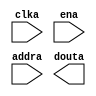
module LogoROM(
	clka,
	ena,
	addra,
	douta);


input clka;
input ena;
input [11 : 0] addra;
output [17 : 0] douta;

// synthesis translate_off

      BLK_MEM_GEN_V4_1 #(
		.C_ADDRA_WIDTH(12),
		.C_ADDRB_WIDTH(12),
		.C_ALGORITHM(1),
		.C_BYTE_SIZE(9),
		.C_COMMON_CLK(0),
		.C_DEFAULT_DATA("0"),
		.C_DISABLE_WARN_BHV_COLL(0),
		.C_DISABLE_WARN_BHV_RANGE(0),
		.C_FAMILY("spartan3"),
		.C_HAS_ENA(1),
		.C_HAS_ENB(0),
		.C_HAS_INJECTERR(0),
		.C_HAS_MEM_OUTPUT_REGS_A(0),
		.C_HAS_MEM_OUTPUT_REGS_B(0),
		.C_HAS_MUX_OUTPUT_REGS_A(0),
		.C_HAS_MUX_OUTPUT_REGS_B(0),
		.C_HAS_REGCEA(0),
		.C_HAS_REGCEB(0),
		.C_HAS_RSTA(0),
		.C_HAS_RSTB(0),
		.C_HAS_SOFTECC_INPUT_REGS_A(0),
		.C_HAS_SOFTECC_INPUT_REGS_B(0),
		.C_HAS_SOFTECC_OUTPUT_REGS_A(0),
		.C_HAS_SOFTECC_OUTPUT_REGS_B(0),
		.C_INITA_VAL("0"),
		.C_INITB_VAL("0"),
		.C_INIT_FILE_NAME("LogoROM.mif"),
		.C_LOAD_INIT_FILE(1),
		.C_MEM_TYPE(3),
		.C_MUX_PIPELINE_STAGES(0),
		.C_PRIM_TYPE(1),
		.C_READ_DEPTH_A(4096),
		.C_READ_DEPTH_B(4096),
		.C_READ_WIDTH_A(18),
		.C_READ_WIDTH_B(18),
		.C_RSTRAM_A(0),
		.C_RSTRAM_B(0),
		.C_RST_PRIORITY_A("CE"),
		.C_RST_PRIORITY_B("CE"),
		.C_RST_TYPE("SYNC"),
		.C_SIM_COLLISION_CHECK("ALL"),
		.C_USE_BYTE_WEA(0),
		.C_USE_BYTE_WEB(0),
		.C_USE_DEFAULT_DATA(1),
		.C_USE_ECC(0),
		.C_USE_SOFTECC(0),
		.C_WEA_WIDTH(1),
		.C_WEB_WIDTH(1),
		.C_WRITE_DEPTH_A(4096),
		.C_WRITE_DEPTH_B(4096),
		.C_WRITE_MODE_A("WRITE_FIRST"),
		.C_WRITE_MODE_B("WRITE_FIRST"),
		.C_WRITE_WIDTH_A(18),
		.C_WRITE_WIDTH_B(18),
		.C_XDEVICEFAMILY("aspartan3a"))
	inst (
		.CLKA(clka),
		.ENA(ena),
		.ADDRA(addra),
		.DOUTA(douta),
		.RSTA(),
		.REGCEA(),
		.WEA(),
		.DINA(),
		.CLKB(),
		.RSTB(),
		.ENB(),
		.REGCEB(),
		.WEB(),
		.ADDRB(),
		.DINB(),
		.DOUTB(),
		.INJECTSBITERR(),
		.INJECTDBITERR(),
		.SBITERR(),
		.DBITERR(),
		.RDADDRECC());


// synthesis translate_on

// XST black box declaration
// box_type "black_box"
// synthesis attribute box_type of LogoROM is "black_box"

endmodule